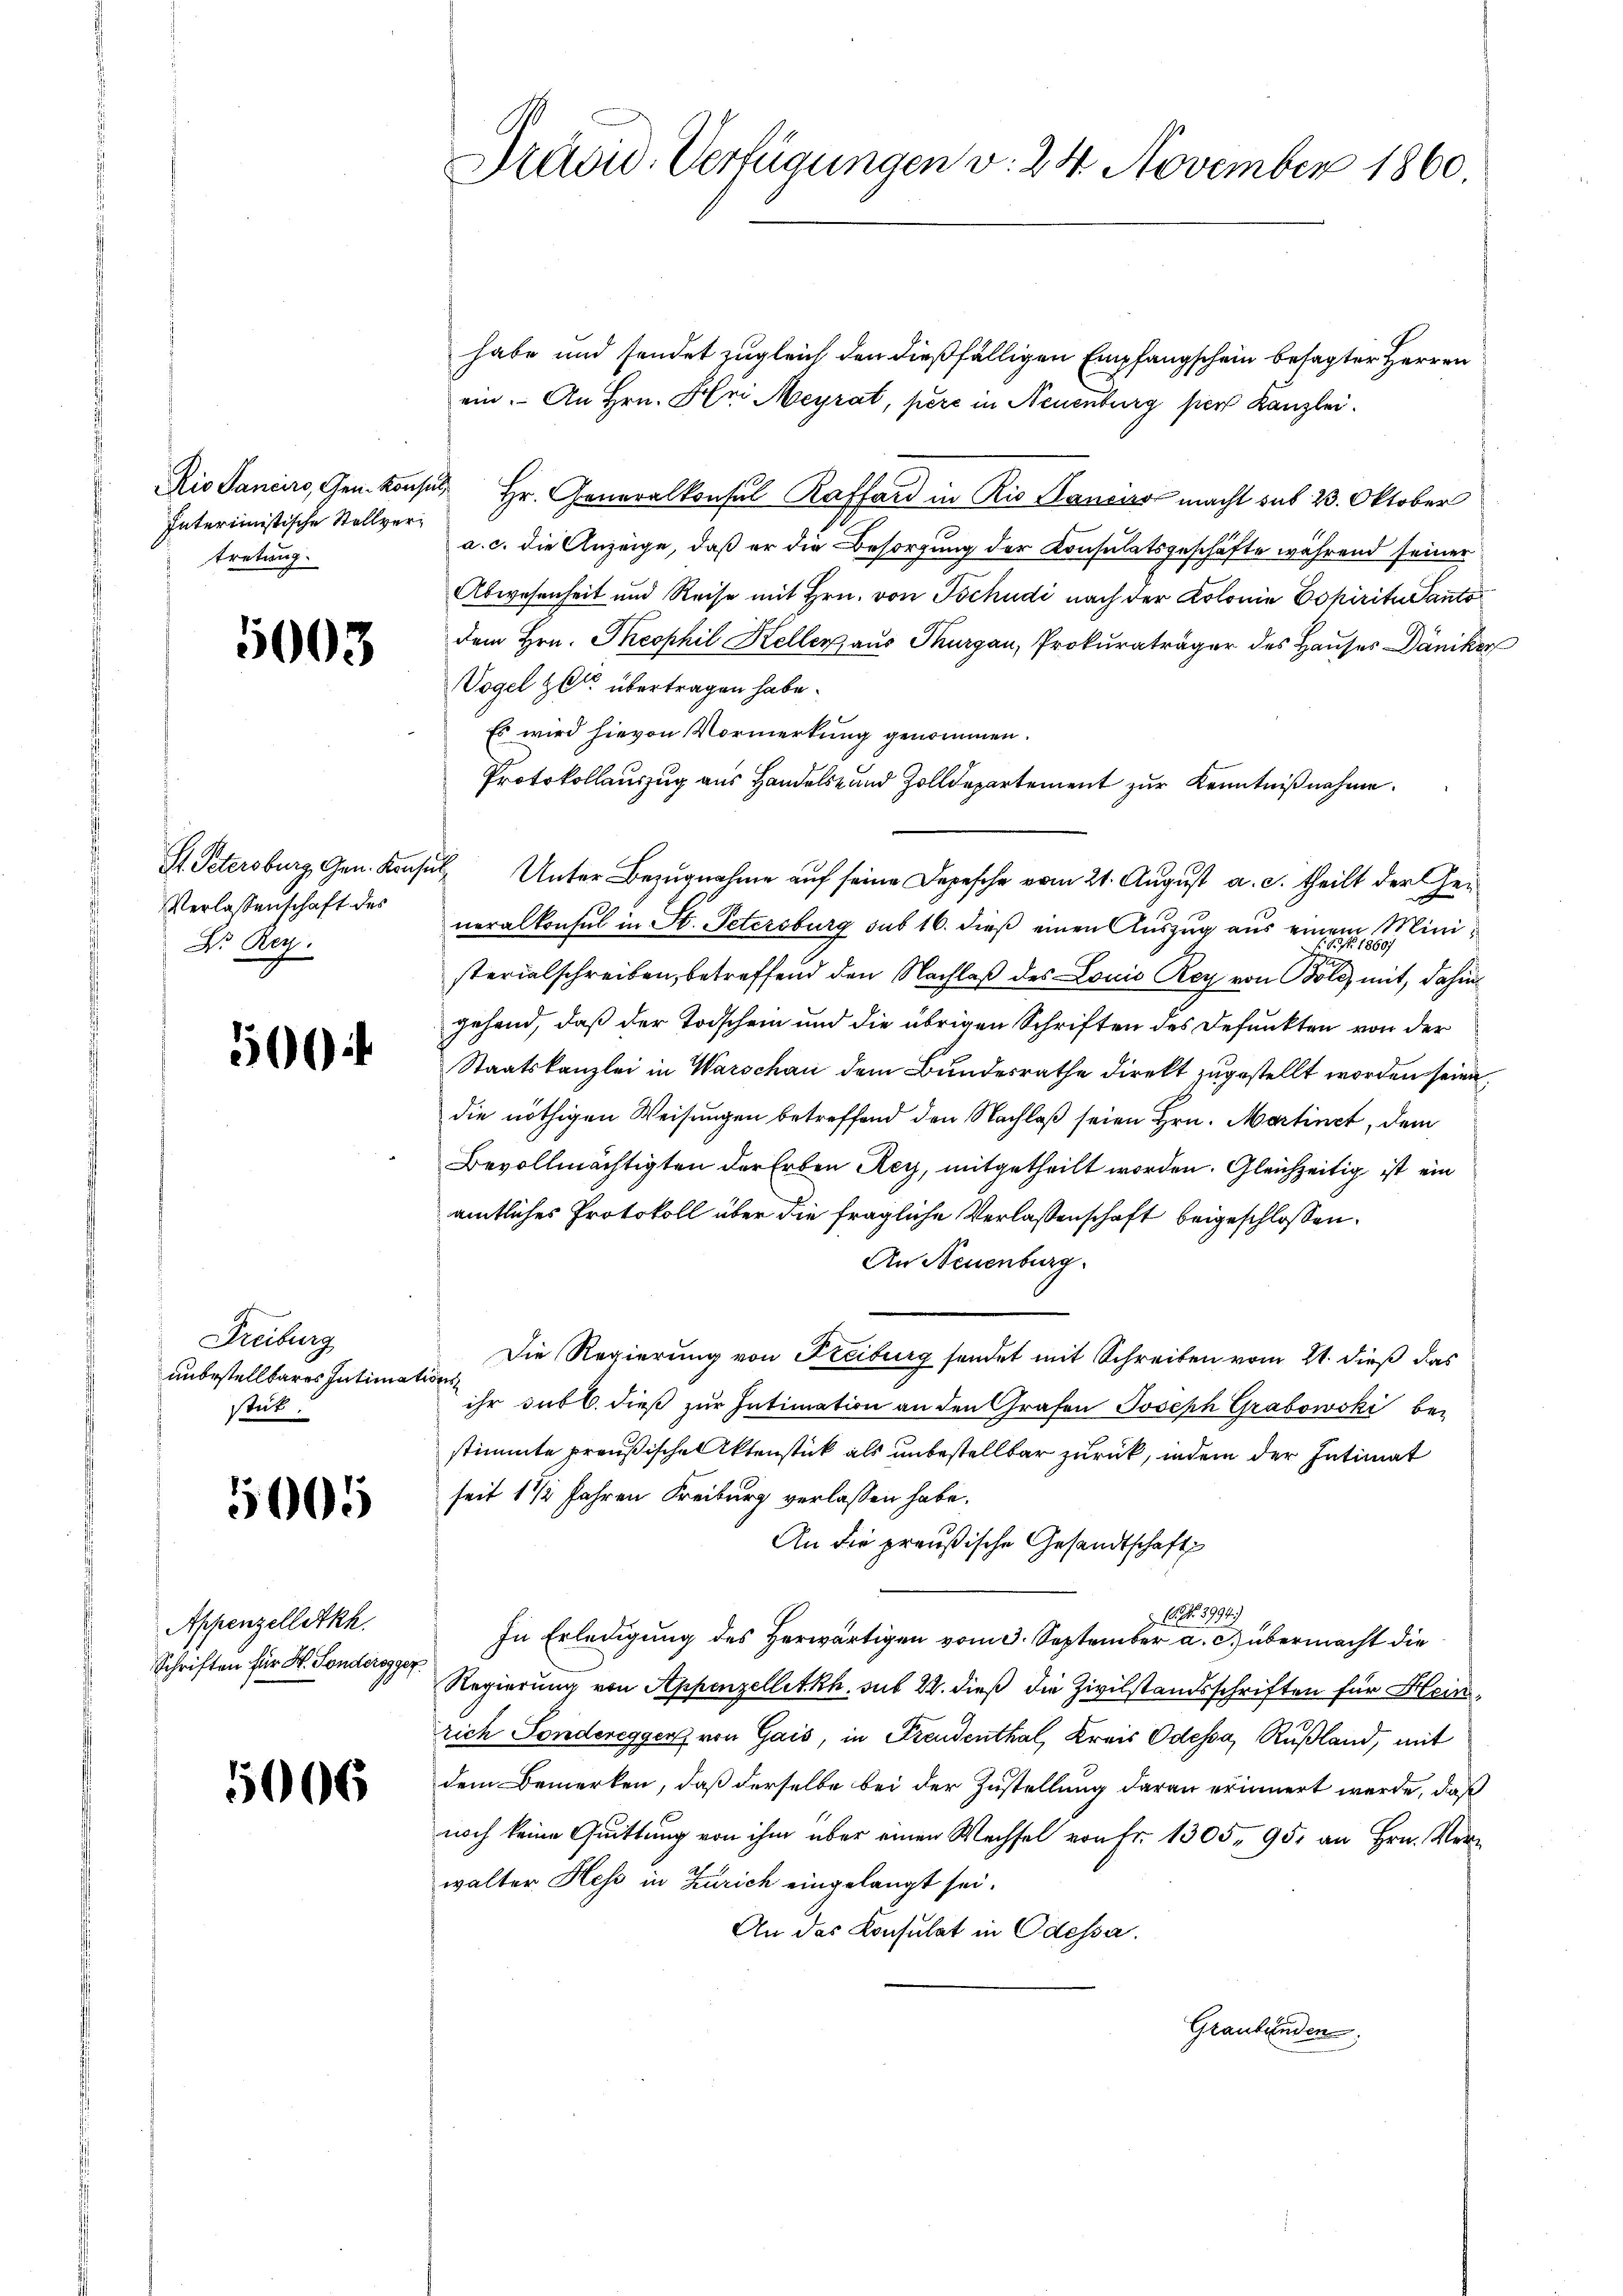
Rio Sancirs, Gen. Konz
Interimistische Stellvertretung.

5003

H Petersburg, Gen. Kause
Verlassenschaft des
Dr. Reg.

50

Freiburg
unbestellbares Intimat
stik.

5005

Appenzelletkh.
Schriften für H. Sonderegger

5006

Previd. Verfügungen v. 24. November 1860.

habe und sendet zugleich den dießfälligen Empfangschein besagter Herren
ein. An Hrn. Hr. Meyrat, pere in Neuenburg hier Kanzlei.
u. Hr. Generalkonsul Raffard in Rio Sanens macht sub 23. Oktober
a. c. die Anzeige, daß er die Besorgung der Konsulatsgeschäfte während seiner
Abwesenheit und Reise mit Hrn. von Tschudi nach der Kolonie Copiritu Panto
dem Hrn. Theophil Keller, aus Thurgau, Prokuraträger des Hauses Däniker
Vogel zu übertragen habe.
Es wird hievon Vormerkung genommen.
Protokollauszug aus Handels- und Zolldepartement zur Kenntnißnahme.
u Unter Bezugnahme auf seine Depesche vom 21. August a. c. theilt der Gei
neralkonsul in St. Petersburg sub 16. dieß einen Auszug aus einem Ministerialschreiben, betreffend den Nachlaß des Louis Rey von Boll mit, dahin
gehend, daß der Todschein und die übrigen Schriften des Defunkten von der
Staatskanzlei in Warschau dem Bundesrathe direkt zugestellt worden seien,
die nöthigen Weisungen betreffend den Nachlaß seien Hrn. Martinet, dem
Bevollmächtigten der Erben Rey, mitgetheilt worden. Gleichzeitig ist ein
amtliches Protokoll über die fragliche Verlassenschaft beigeschlossen:
An Neuenburg.
e
Die Regierung von Freiburg sendet mit Schreiben vom 21. dieß das
t
ihr sub b. dieß zur Intimation an den Grafen Joseph Grabowski bei
stimmte preußischen Aktenstick als unbestellbar zurück, indem der Intimat
seit 1 1/2 Jahren Freiburg verlassen habe.
An die preußische Gesandtschaft
C. No 3994.)
In Erledigung des Herwärtigen vom 3. September a. c. übermacht die
Regierung von Appenzelletkh. sub 28. dieß die Zivilstandsschriften für Heinrich Sonderegger von Gais, in Freudenthal, Kreis Odessa, Rußland, mit
dem Bemerken, daß derselbe bei der Zustellung daran erinnert werde, daß
noch keine Quittung von ihm über einen Wechsel von Fr. 1305, 95, an Hrn. Verwalter Hess in Zürich eingelangt sei.
An das Konsulat in Odessa.
Graubünden